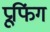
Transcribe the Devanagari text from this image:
प्रूफिंग